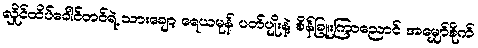
လှိုင်ထိပ်ခေါင်တင်ရဲ့ သားချော့ ရေယမုန် ပတ်ပျိုးနဲ့ စိန်ခြူးကြာညောင် အမျှော်စိုက်